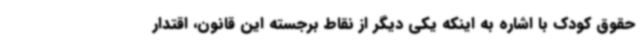
حقوق کودک با اشاره به اینکه یکی دیگر از نقاط برجسته این قانون، اقتدار